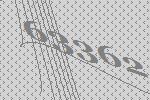
63362